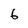
Character: 6